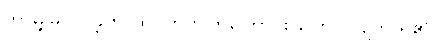
ဘာမျှမလုပ်ခဲ့ဟု ထင်တတ်ကြကြောင်း ပြောပြလျက် ရှိ၏။